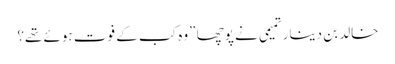
خالد بن دینار تمیمی نے پوچھا ”وہ کب کے فوت ہوئے تھے؟